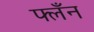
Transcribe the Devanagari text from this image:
फ्लँन